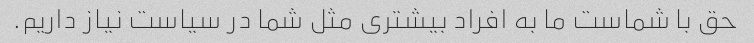
حق با شماست ما به افراد بیشتری مثل شما در سیاست نیاز داریم.